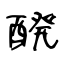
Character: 醗